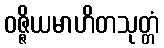
ဝဇ္ဇိယမာဟိတသုတ္တံ